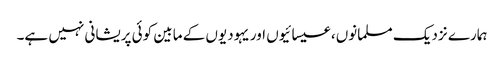
ہمارے نزدیک مسلمانوں، عیسائیوں اور یہودیوں کے مابین کوئی پریشانی نہیں ہے۔